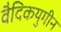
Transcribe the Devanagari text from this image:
वैदिकयुगीन